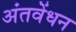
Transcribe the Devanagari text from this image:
अंतवेंधन